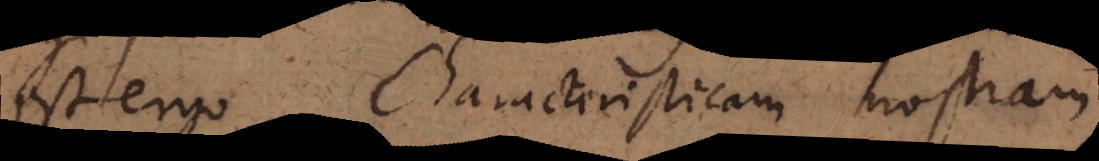
est ergo Characteristicam nostram